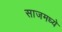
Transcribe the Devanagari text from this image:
साजमध्ये